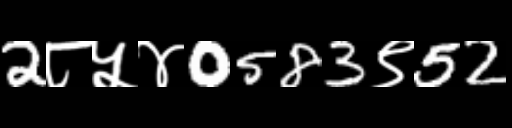
Text: 2८५४0583९52